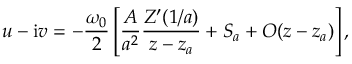
u - \mathrm { i } v = - { \frac { \omega _ { 0 } } { 2 } } \left[ { \frac { A } { a ^ { 2 } } } { \frac { Z ^ { \prime } ( 1 / a ) } { z - z _ { a } } } + S _ { a } + { \cal O } ( z - z _ { a } ) \right] ,